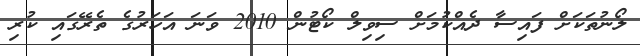
ލޯނުތަކަށް ފައިސާ ދެއްކުމަށް ސިވިލް ކޯޓުން 2010 ވަނަ އަހަރުގެ ތެރޭގައި ކުރި